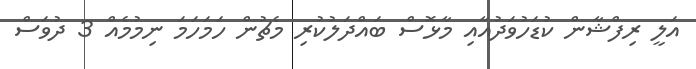
އަލީ ރިފްޝާން ކުޑަހުވަދުއާއި މާޅޮސް ބައްދަލުކުރި މެޗުން ހަމަހަމަ ނިމުމެއް 3 ދުވަސް